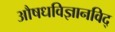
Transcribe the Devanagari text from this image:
अाैषधविज्ञानविद्